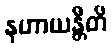
နဟာယန္တီတိ